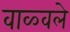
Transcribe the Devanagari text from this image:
वाळ्वले